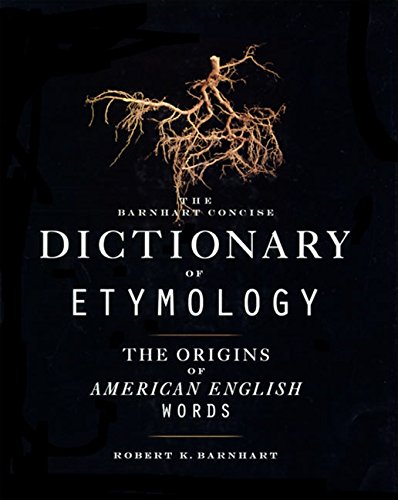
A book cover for Barnhart Concise Dictionary of Etymology; Robert K. Barnhart; Politics & Social Sciences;